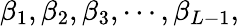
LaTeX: \beta_{1},\beta_{2},\beta_{3},\cdots,\beta_{L-1},